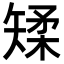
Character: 𪿌